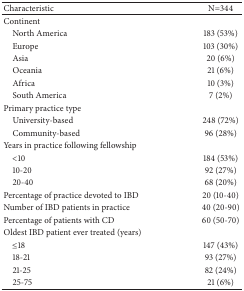
<table><thead><tr><td><b>Characteristic</b></td><td><b>N=344</b></td></tr></thead><tbody><tr><td>Continent</td><td> </td></tr><tr><td> North America</td><td>183 (53%)</td></tr><tr><td> Europe</td><td>103 (30%)</td></tr><tr><td> Asia</td><td>20 (6%)</td></tr><tr><td> Oceania</td><td>21 (6%)</td></tr><tr><td> Africa</td><td>10 (3%)</td></tr><tr><td> South America</td><td>7 (2%)</td></tr><tr><td>Primary practice type</td><td> </td></tr><tr><td> University-based</td><td>248 (72%)</td></tr><tr><td> Community-based</td><td>96 (28%)</td></tr><tr><td>Years in practice following fellowship</td><td> </td></tr><tr><td> &lt;10</td><td>184 (53%)</td></tr><tr><td> 10-20</td><td>92 (27%)</td></tr><tr><td> 20-40</td><td>68 (20%)</td></tr><tr><td>Percentage of practice devoted to IBD</td><td>20 (10-40)</td></tr><tr><td>Number of IBD patients in practice</td><td>40 (20-90)</td></tr><tr><td>Percentage of patients with CD</td><td>60 (50-70)</td></tr><tr><td>Oldest IBD patient ever treated (years)</td><td> </td></tr><tr><td> ≤18</td><td>147 (43%)</td></tr><tr><td> 18-21</td><td>93 (27%)</td></tr><tr><td> 21-25</td><td>82 (24%)</td></tr><tr><td> 25-75</td><td>21 (6%)</td></tr></tbody></table>